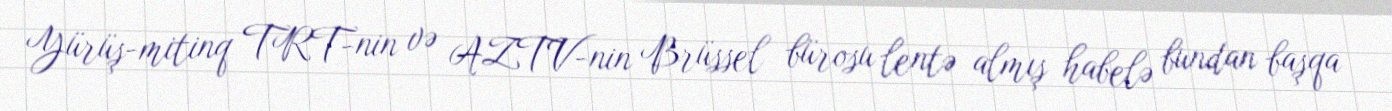
Yürüş-mitinq TRT-nin və AZTV-nin Brüssel bürosu lentə almış habelə bundan başqa